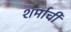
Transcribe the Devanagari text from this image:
शर्माची